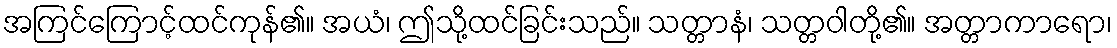
အကြင်ကြောင့်ထင်ကုန်၏။ အယံ၊ ဤသို့ထင်ခြင်းသည်။ သတ္တာနံ၊ သတ္တဝါတို့၏။ အတ္တာကာရော၊